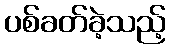
ပစ်ခတ်ခဲ့သည့်